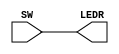
module part1 (SW, LEDR);
input [17:0] SW; // toggle switches
output [17:0] LEDR; // red LEDs


assign LEDR = SW;
endmodule // part1

// 1818
// inputoutputsvc
// pin